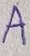
Text: A